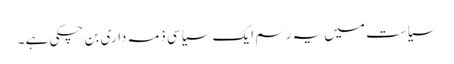
سیاست میں یہ رسم ایک سیاسی ذمہ داری بن چکی ہے ۔